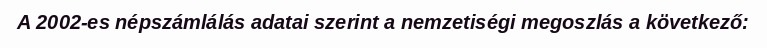
A 2002-es népszámlálás adatai szerint a nemzetiségi megoszlás a következő: